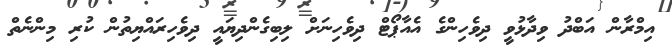
އިމްރާން އަބްދު ވިދާޅުވީ ދިވެހިންގެ އެއާޕޯޓް ދިވެހިނަށް ލިބިގެންދިޔައީ ދިވެހިރައްޔިތުން ކުރި މިންނެތް